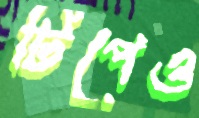
টিপেও